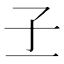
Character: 𡤽